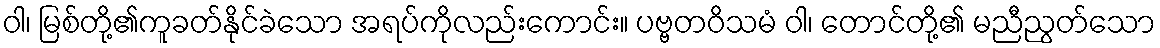
ဝါ၊ မြစ်တို့၏ကူခတ်နိုင်ခဲသော အရပ်ကိုလည်းကောင်း။ ပဗ္ဗတဝိသမံ ဝါ၊ တောင်တို့၏ မညီညွတ်သော